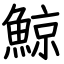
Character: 鯨